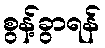
စွန့်ခွာရန်